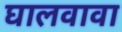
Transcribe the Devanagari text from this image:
घालवावा